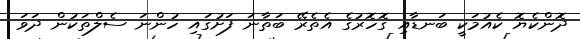
ދޮންކެޔޮ ކެއުމަކީ ބަނޑާއި ގޮހޮރުގެ އެތެރޭ ބަތާނަ ފަށުގައި ހުންނަ ސެލްތަކުން ދަވަ